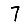
Digit: 7